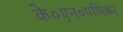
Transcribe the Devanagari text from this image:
के०एन०पणिक्कर